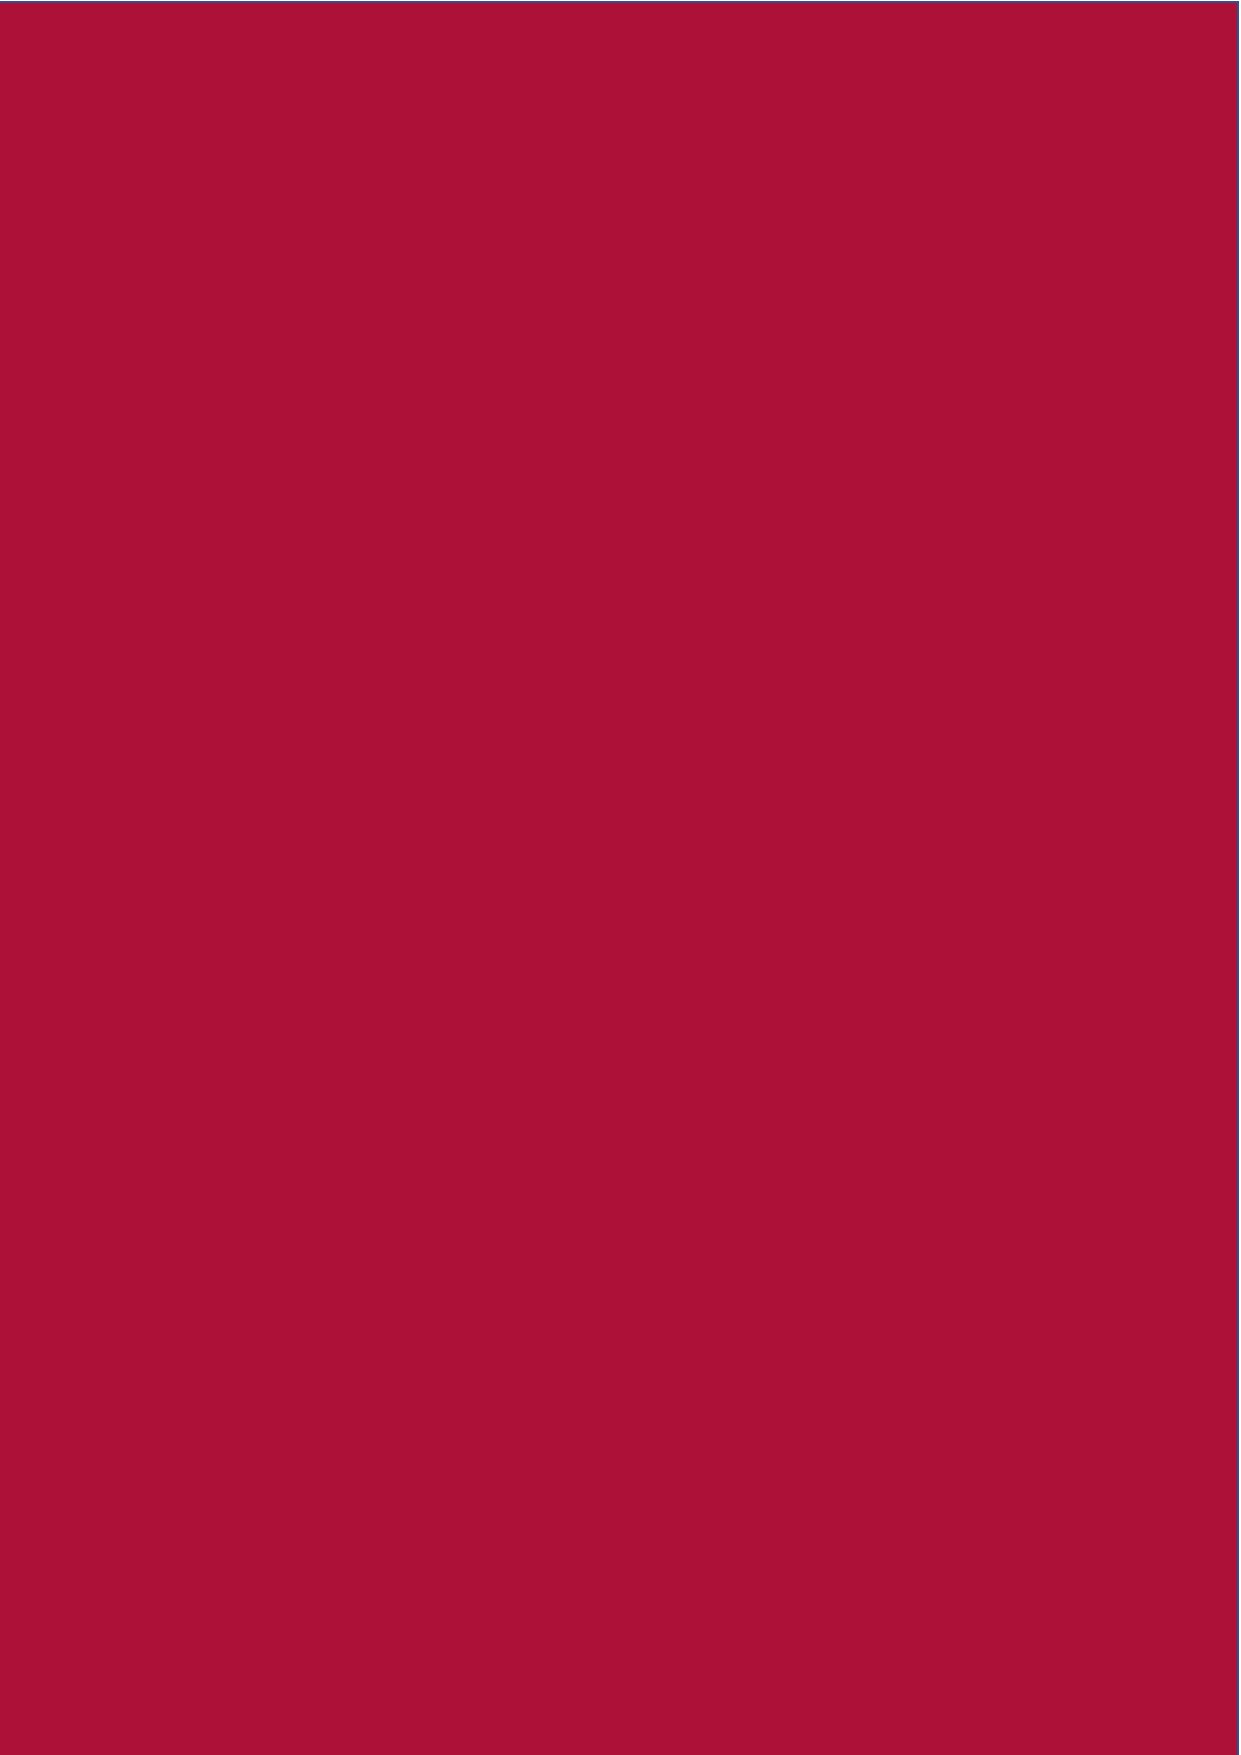
Privacy Policy – Rubiconem Pty Ltd AFSL 518784 / ABN 77 633 533 954 V2.0 5 October 2021 Page 8 of 7